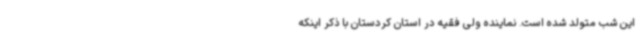
این شب متولد شده است. نماینده ولی فقیه در استان کردستان با ذکر اینکه